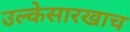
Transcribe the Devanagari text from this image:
उल्केसारखाच